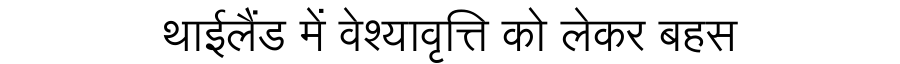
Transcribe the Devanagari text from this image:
थाईलैंड में वेश्यावृत्ति को लेकर बहस